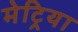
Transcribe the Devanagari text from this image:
मेट्रिया